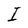
Character: I